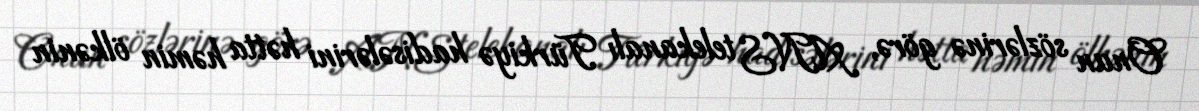
Onun sözlərinə görə, ANS telekanalı Türkiyə hadisələrini hətta həmin ölkənin